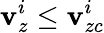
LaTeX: \mathbf{v}_{z}^{i}\leq\mathbf{v}_{zc}^{i}